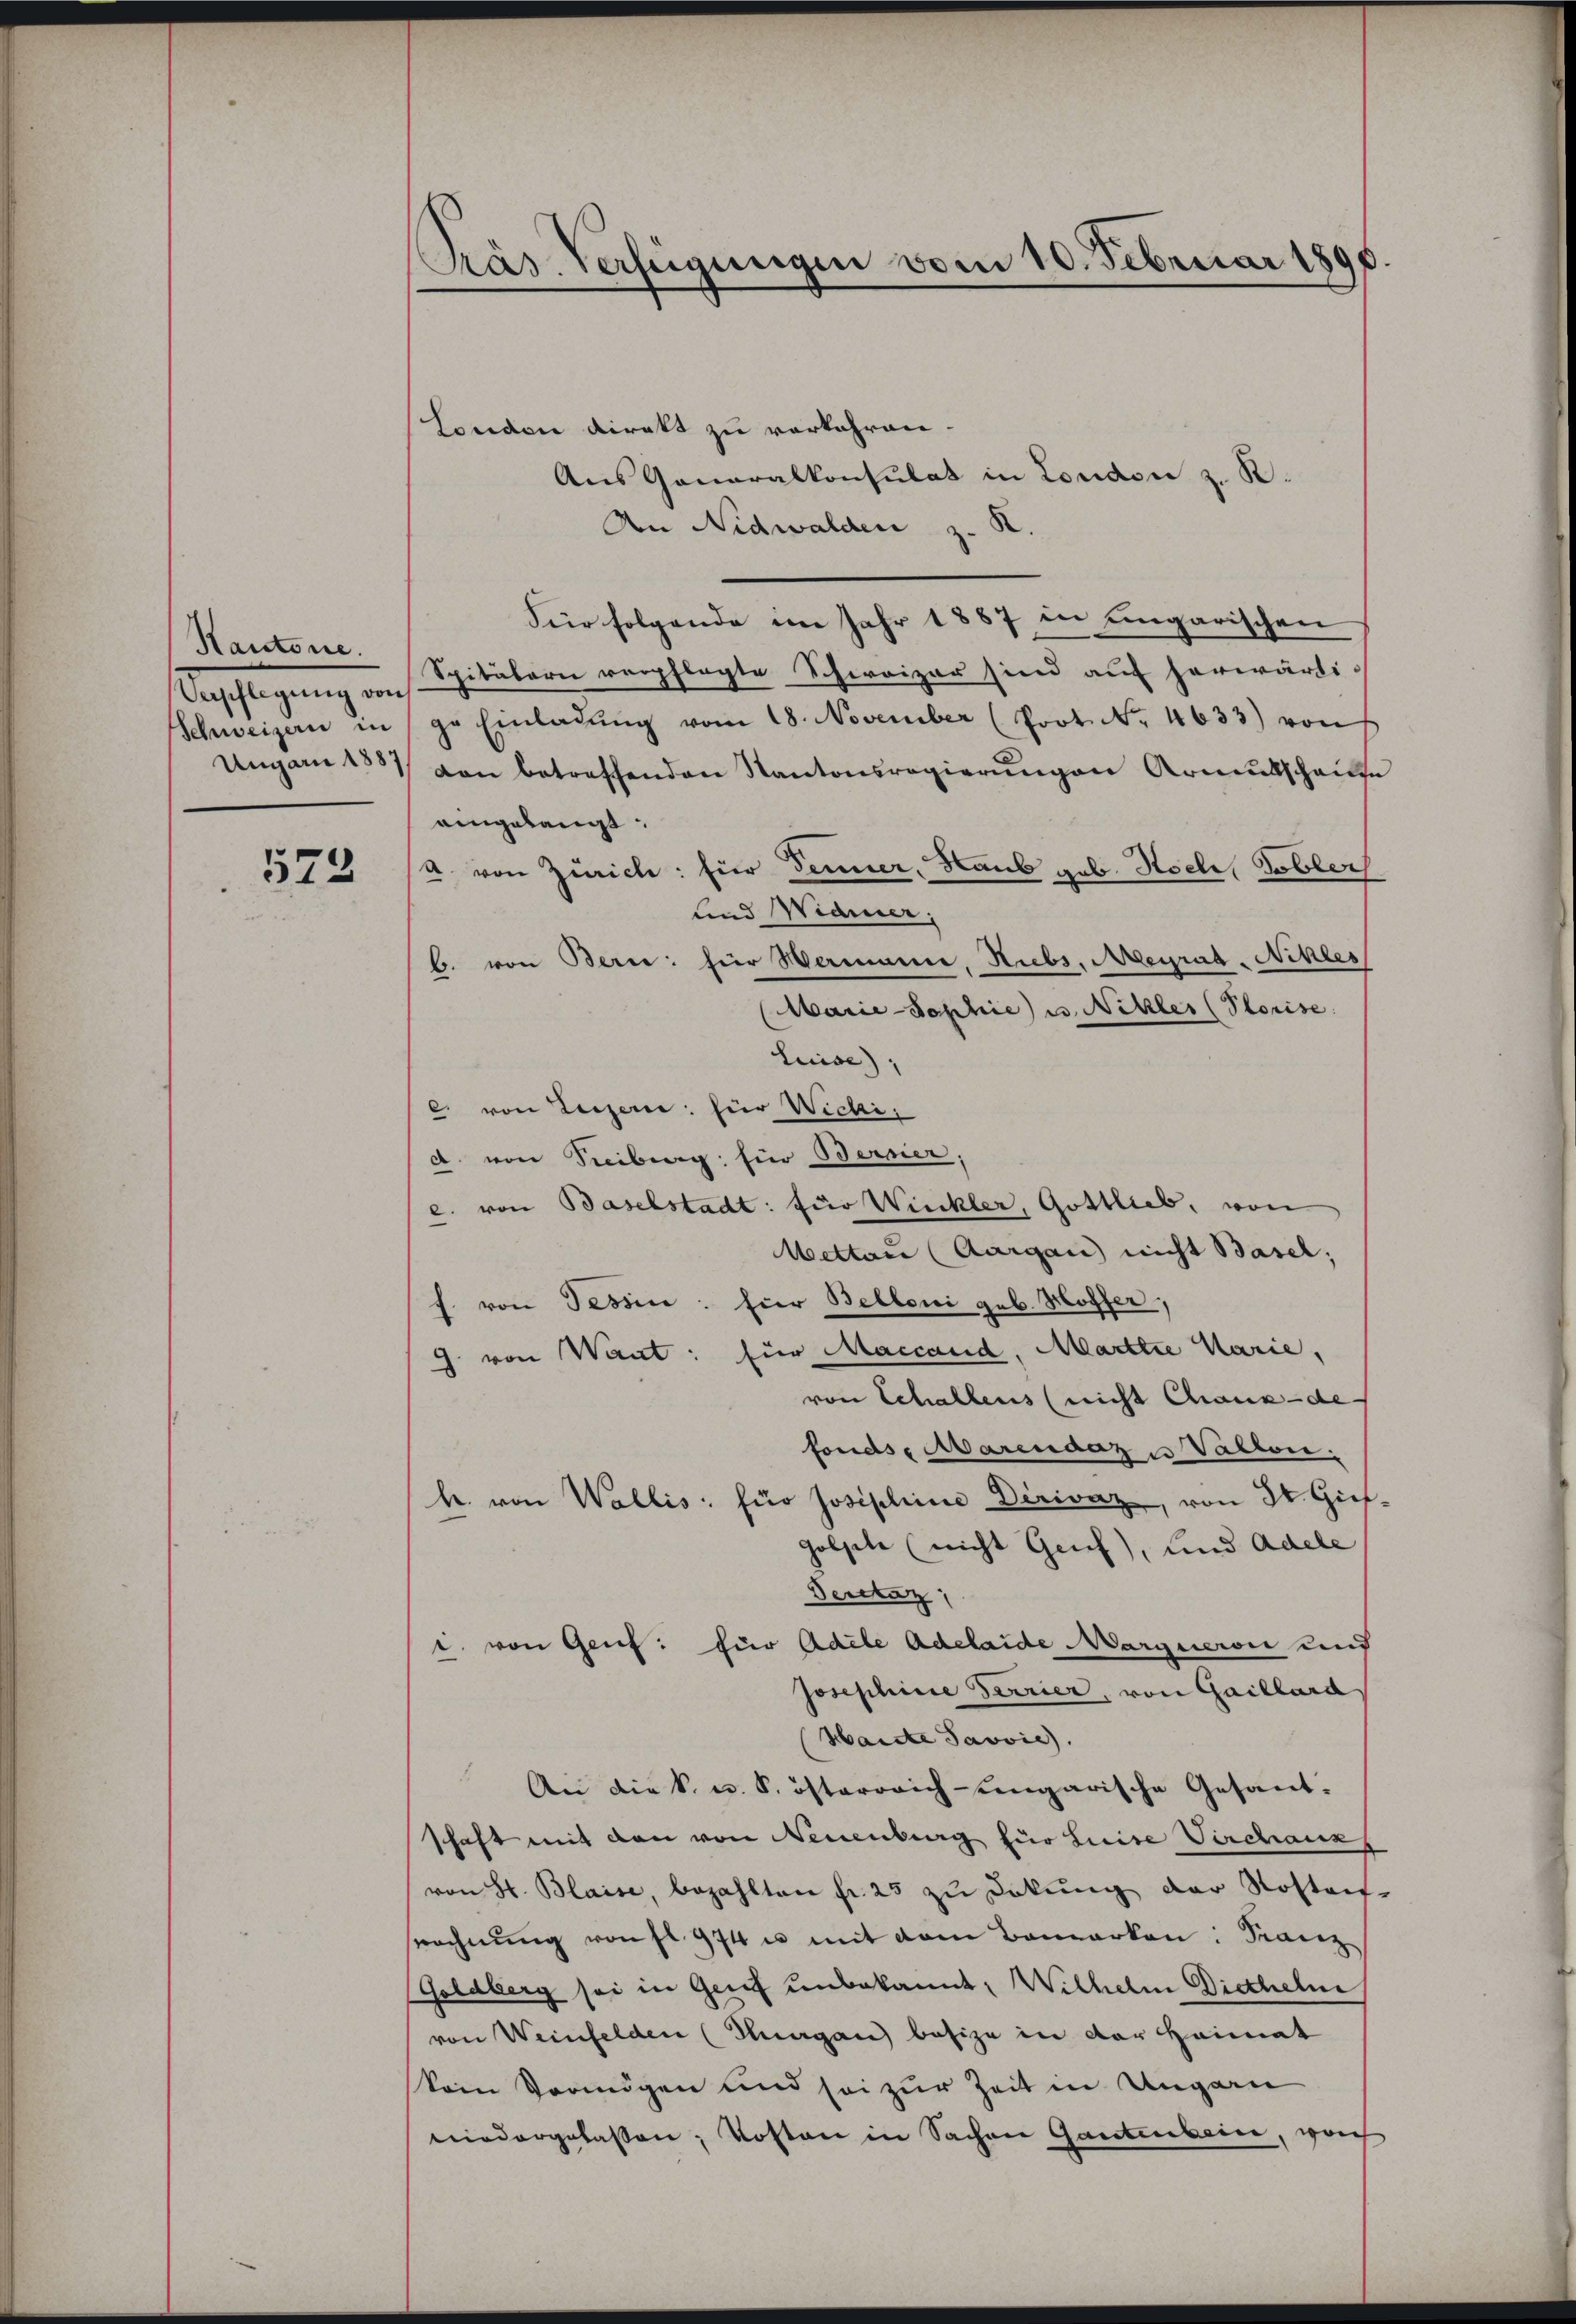
Kantone.
apflegung und

573

[Präs. Verfügungen vom 10. Februar 1890.

London direkt zu verkehren.
Aus Generalkonsulat in London z. R.
An Nidwalden z. K.
Für folgende im Jahr 1887 in ungarischen
Spitalarii verpflegte Schweizer sind auf herwärti-
Schweizern in ge Einladŭng vom 18. November (Prot. No. 4633) von
Ungarn 1857 von betreffenden Kantonsregierungen Armutschause
eingelangt.
A. von Zürich: für dener, Haus geb. Hoele, Tobler
und Widmer,
b. von Bern: für Wermanne, Subs, Meyrat-Nchles
Marie-Sophie u. Nitzler (Ptorise
Luise),
c. von Luzern: für Wichi,
d. von Freiburg für Bernier;
c. von Baselstadt: für Wickler, Gottlieb, von
Mettau (Aargau nicht Basel;
f. von Tessin: hier Belloni geb. Hoffer,
J. von Want: für Maccand, Marttie Marie.
von Schallens (nicht Chaux-de
fonds, Marendazu Vatten.
h. von Wallis für Josephine Dirivaz, von St. Giesgolsete (nicht Genf), und Adele
Derclaz
i. von Genf: für Adele Adelaide Marquervie und
Josephine Terrier, von Gaillard
Haiste Javvie).
.
An die k. u. k. österreich-ungarische Gesant-
schaft mit den von Neuenburg für Luise Virchanz
von St. Blaise, bezahlten fr. 25 zu Dekŭng der Rostauf-
srechnŭng von fl. 974 u. mit dem Bemerken: Franz
Geldberg sei in Genf unbekannt, Wilhelm Dietheln
von Weinfelden (Thurgau besize in der Heimat
kein Vermögen und sei zur Zeit in Ungarn
niedergelassen; Kosten in Sachen Gantenbein, von